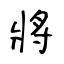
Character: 將